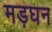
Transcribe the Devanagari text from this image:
मड़घन